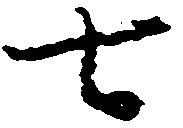
七